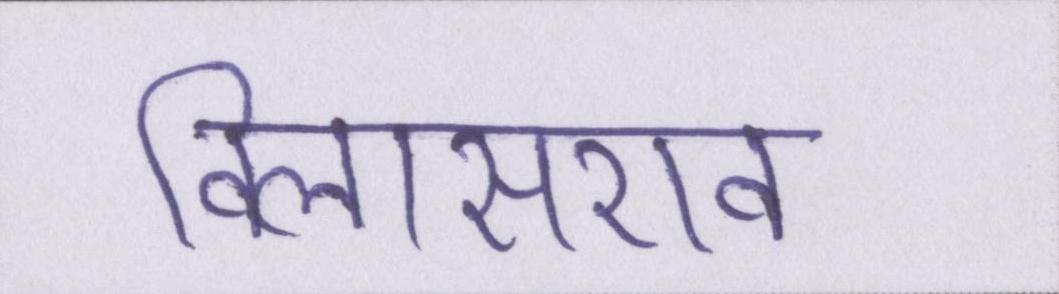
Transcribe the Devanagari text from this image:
विलासराव